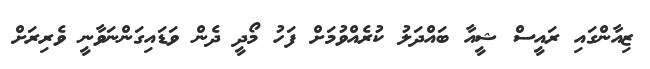
ޒިއާންގައި ރައީސް ޝީއާ ބައްދަލު ކުރެއްވުމަށް ފަހު މޯދީ ދެން ވަޑައިގަންނަވާނީ ވެރިރަށް